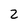
Character: 2